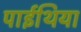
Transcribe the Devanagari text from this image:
पाईथिया